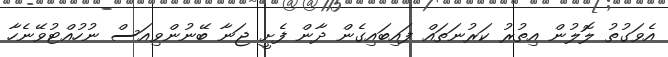
އެވަގުތު ލޮލުން އިތުރު ކަރުނަތައް ފައިބައިގެން ދާން ފެށީ ޖަނާ ބޭނުންވިއަސް ނުހުއްޓުވޭނެހާ